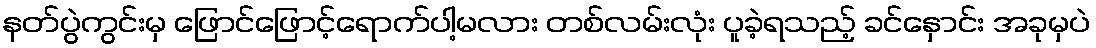
နတ်ပွဲကွင်းမှ ဖြောင်ဖြောင့်ရောက်ပါ့မလား တစ်လမ်းလုံး ပူခဲ့ရသည့် ခင်နှောင်း အခုမှပဲ